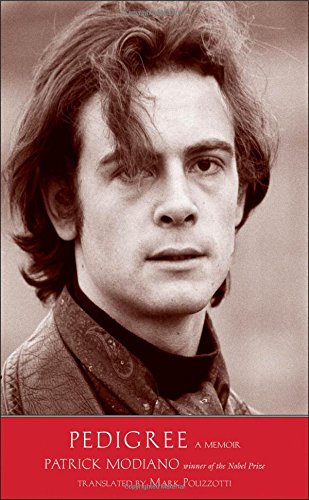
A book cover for Pedigree: A Memoir (The Margellos World Republic of Letters); Patrick Modiano; Biographies & Memoirs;